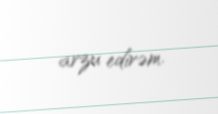
arzu edirəm.